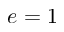
e = 1